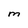
Character: M